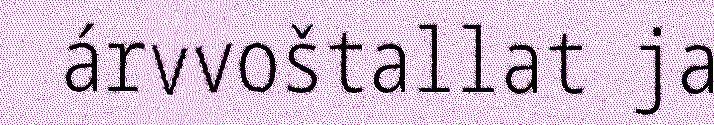
árvvoštallat ja